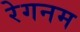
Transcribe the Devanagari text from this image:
रेगनम